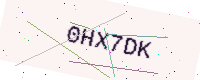
Text: 0HX7DK